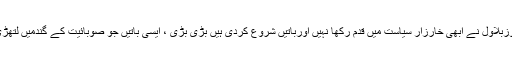
سیاسی نَوواردو نَوآموزبلاول نے ابھی خارزارِ سیاست میں قدم رکھا نہیں اورباتیں شروع کردی ہیں بڑی بڑی ، ایسی باتیں جو صوبائیت کے گندمیں لتھڑی ہوئی تعفن زدہ ہیں۔